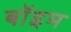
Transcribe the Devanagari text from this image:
बॉइम